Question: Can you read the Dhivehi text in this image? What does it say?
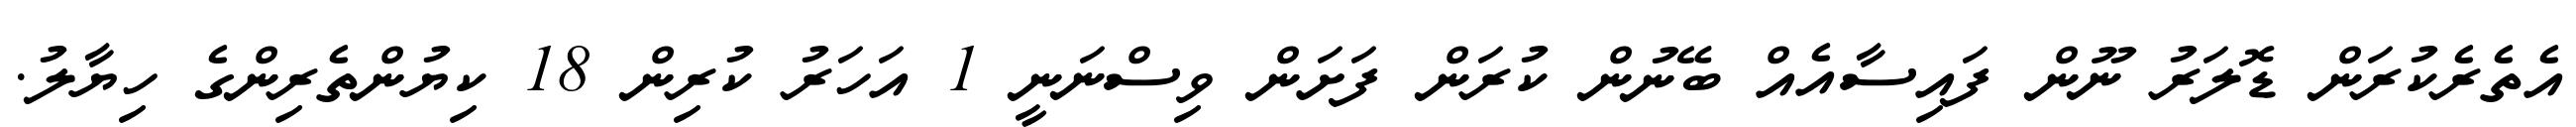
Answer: އެތެރެކުރަން ޑޮލަރު ނޫން ފައިސާއެއް ބޭނުން ކުރަން ފަށަން ވިސްނަނީ 1 އަހަރު ކުރިން 18 ކިޔުންތެރިންގެ ހިޔާލު.